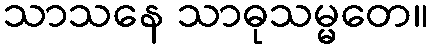
သာသနေ သာဓုသမ္မတေ။